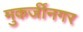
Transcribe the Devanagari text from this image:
मुकर्जीनगर